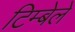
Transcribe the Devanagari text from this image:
टिम्बेले